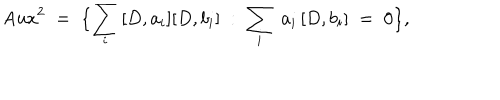
\mathrm { A u x } ^ { 2 } \; = \; \bigl \{ \sum _ { i } \, [ D , a _ { i } ] [ D , b _ { i } ] \; : \; \sum _ { i } \; a _ { i } \, [ D , b _ { i } ] \; = \; 0 \bigr \} ,